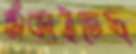
শুঁকাইতেছ